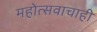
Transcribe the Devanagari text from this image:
महोत्सवाचाही